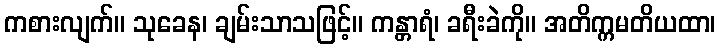
ကစားလျက်။ သုခေန၊ ချမ်းသာသဖြင့်။ ကန္တာရံ၊ ခရီးခဲကို။ အတိက္ကမတိယထာ၊